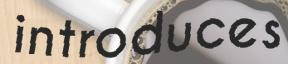
introduces